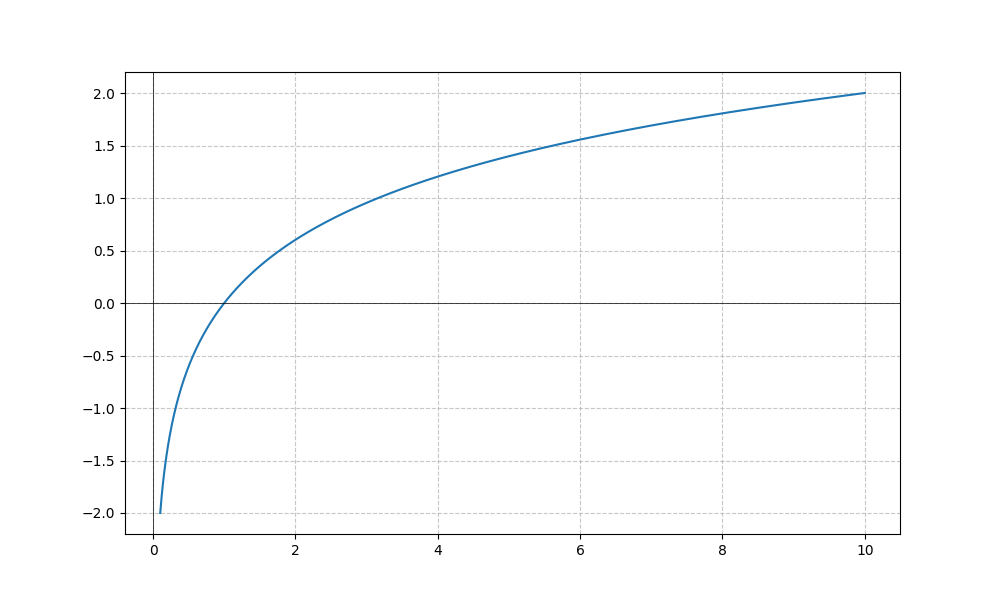
LaTeX formula: \frac{2 \log{\left(x \right)}}{\log{\left(10 \right)}}